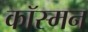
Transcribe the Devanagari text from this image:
कॉस्मन